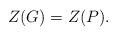
LaTeX: \begin{align*}Z(G)=Z(P).\end{align*}